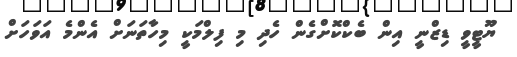
ޔޫޓީވީ ޑިޒްނީ އިން ބެކްކޮށްގެން ހެދި މި ފިލްމަކީ މިހާތަނަށް އެންމެ އަވަހަށް